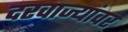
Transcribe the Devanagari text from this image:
दरवाज्यांवर